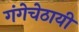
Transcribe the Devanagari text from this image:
गंगेचेठायीं